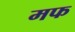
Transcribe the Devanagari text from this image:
मफ